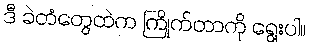
ဒီ ခဲတံတွေထဲက ကြိုက်တာကို ရွေးပါ။